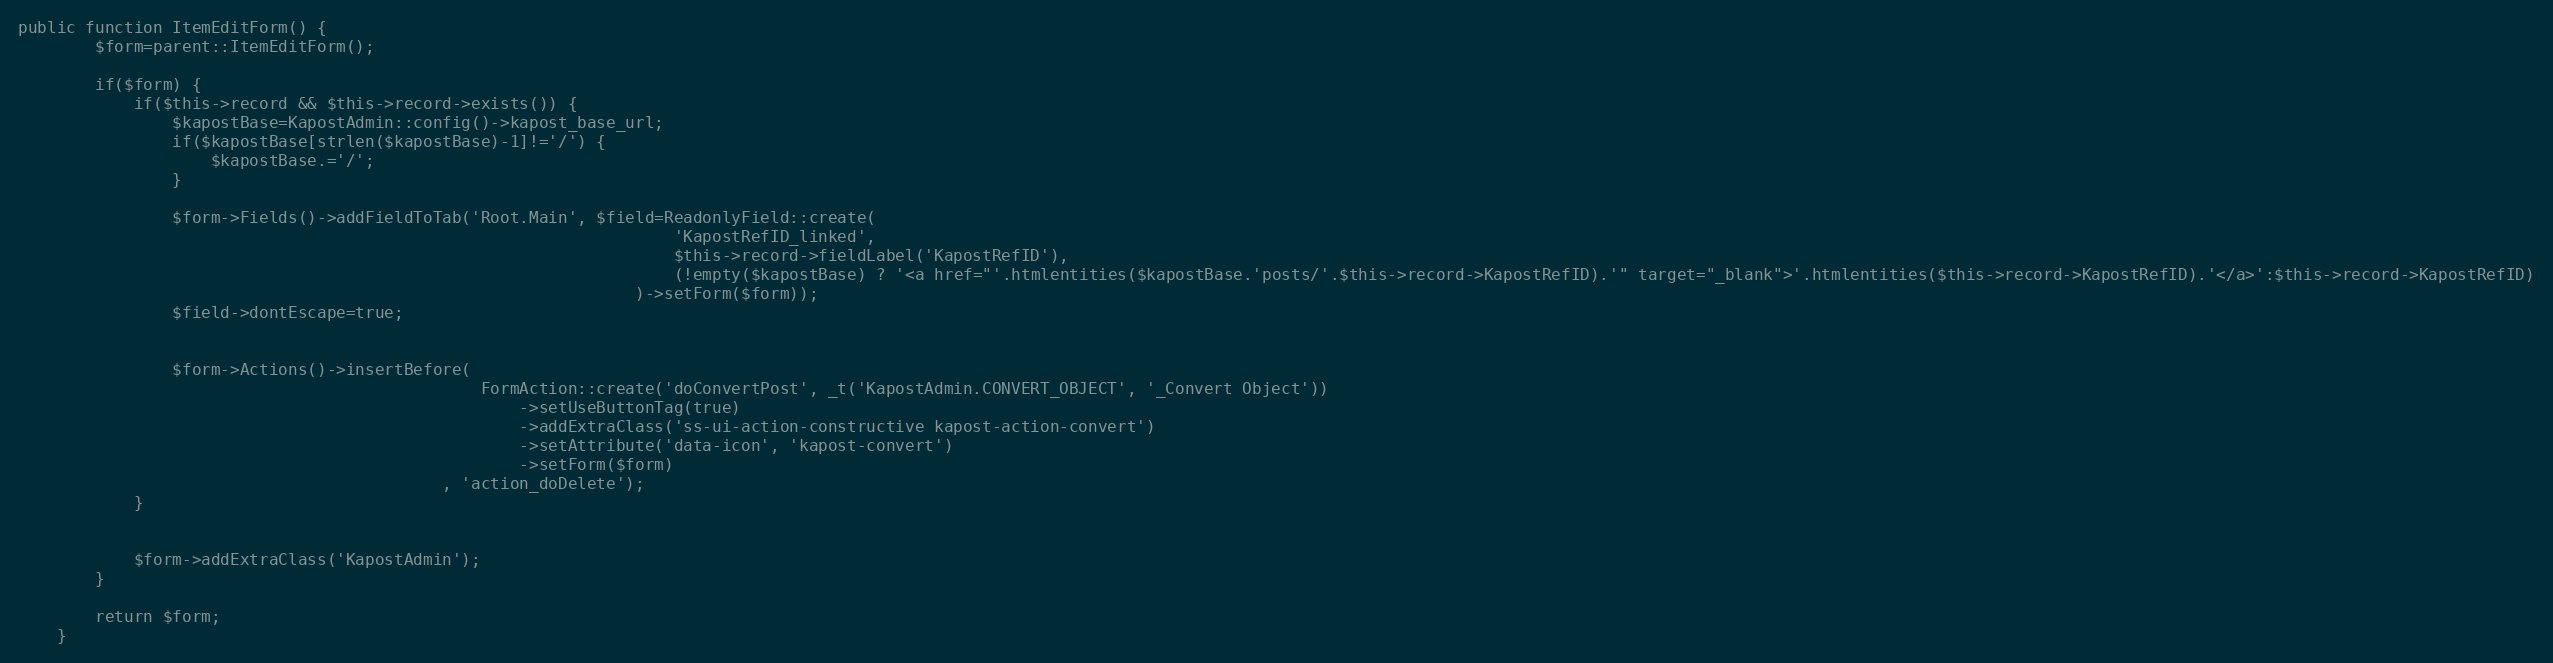
Language: PHP
public function ItemEditForm() {
        $form=parent::ItemEditForm();

        if($form) {
            if($this->record && $this->record->exists()) {
                $kapostBase=KapostAdmin::config()->kapost_base_url;
                if($kapostBase[strlen($kapostBase)-1]!='/') {
                    $kapostBase.='/';
                }

                $form->Fields()->addFieldToTab('Root.Main', $field=ReadonlyField::create(
                                                                    'KapostRefID_linked',
                                                                    $this->record->fieldLabel('KapostRefID'),
                                                                    (!empty($kapostBase) ? '<a href="'.htmlentities($kapostBase.'posts/'.$this->record->KapostRefID).'" target="_blank">'.htmlentities($this->record->KapostRefID).'</a>':$this->record->KapostRefID)
                                                                )->setForm($form));
                $field->dontEscape=true;

                $form->Actions()->insertBefore(
                                                FormAction::create('doConvertPost', _t('KapostAdmin.CONVERT_OBJECT', '_Convert Object'))
                                                    ->setUseButtonTag(true)
                                                    ->addExtraClass('ss-ui-action-constructive kapost-action-convert')
                                                    ->setAttribute('data-icon', 'kapost-convert')
                                                    ->setForm($form)
                                            , 'action_doDelete');
            }

            $form->addExtraClass('KapostAdmin');
        }

        return $form;
    }